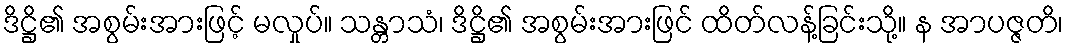
ဒိဋ္ဌိ၏ အစွမ်းအားဖြင့် မလှုပ်။ သန္တာသံ၊ ဒိဋ္ဌိ၏ အစွမ်းအားဖြင် ထိတ်လန့်ခြင်းသို့။ န အာပဇ္ဇတိ၊